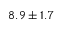
8 . 9 \pm 1 . 7